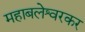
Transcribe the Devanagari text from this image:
महाबलेश्वरकर